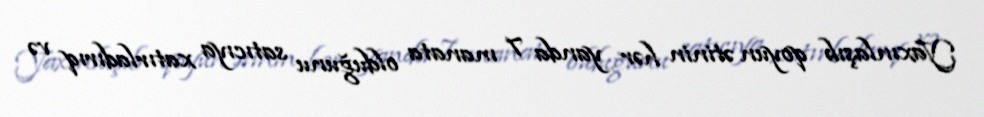
Yaxınlaşıb qoyun ətinin hər yanda 7 manata olduğunu satıcıya xatırladırıq və